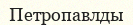
Петропавлды